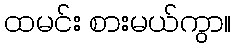
ထမင်း စားမယ်ကွာ။